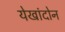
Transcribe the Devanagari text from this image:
येखांदोन